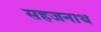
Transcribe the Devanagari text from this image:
सहजनाथ